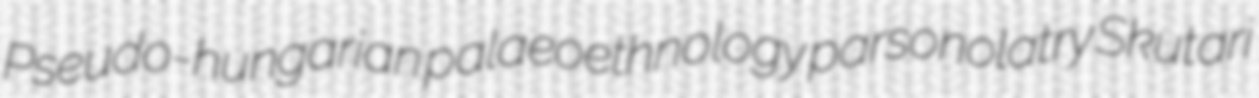
Pseudo-hungarian palaeoethnology parsonolatry Skutari